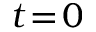
t \! = \! 0